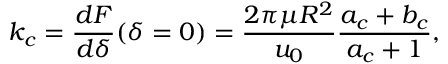
k _ { c } = \frac { d F } { d \delta } ( \delta = 0 ) = \frac { 2 \pi \mu R ^ { 2 } } { u _ { 0 } } \frac { a _ { c } + b _ { c } } { a _ { c } + 1 } ,